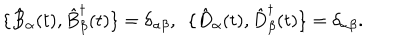
\{ \hat { B } _ { \alpha } ( t ) , \hat { B } _ { \beta } ^ { \dagger } ( t ) \} = \delta _ { \alpha \beta } , ~ ~ \{ \hat { D } _ { \alpha } ( t ) , \hat { D } _ { \beta } ^ { \dagger } ( t ) \} = \delta _ { \alpha \beta } .